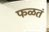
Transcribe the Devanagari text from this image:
फळतं